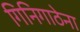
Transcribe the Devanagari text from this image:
गिनिगाठेना